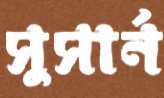
সুসার্ন